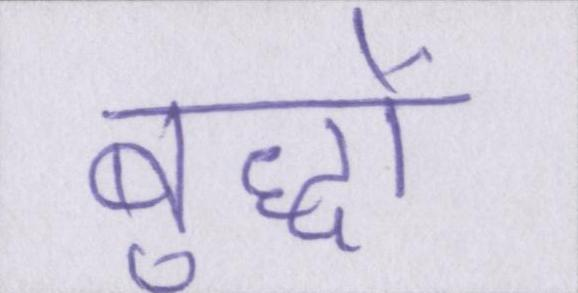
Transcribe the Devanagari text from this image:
बुद्धों